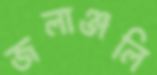
জলাঞ্জলি